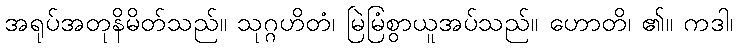
အရုပ်အတုနိမိတ်သည်။ သုဂ္ဂဟိတံ၊ မြဲမြံစွာယူအပ်သည်။ ဟောတိ၊ ၏။ ကဒါ၊